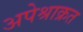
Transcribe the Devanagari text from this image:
अपेश्राक्रत